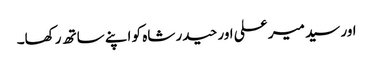
اور سید میر علی اور حیدر شاہ کو اپنے ساتھ رکھا۔